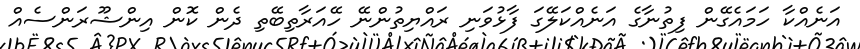
އަނެއްކާ ހަމައެގޭން ފިތުނާގެ އަނެއްކަލޭގަ ފާޅުވަނި ރައްޔިތުންނޭ ހޭއަރާތިބޭތި ދެން ކޮން އިންޝޫރަންސެއް